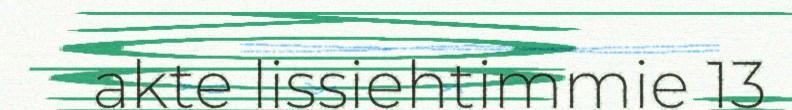
akte lissiehtimmie 13